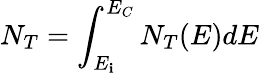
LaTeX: N_{T}=\int_{E_{\mathbf{i}}}^{E_{C}}N_{T}(E)dE